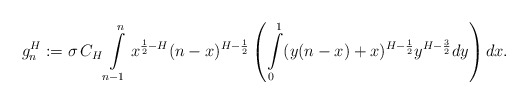
\begin{align*} g_n^H:=\sigma\, C_H\int\limits_{n-1}^{n}x^{\frac{1}{2}-H}(n-x)^{H-\frac{1}{2}}\left(\int\limits_0^1 (y(n-x)+x)^{H-\frac{1}{2}}y^{H-\frac{3}{2}}dy\right)dx.\end{align*}